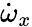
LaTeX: \dot{\omega}_{x}